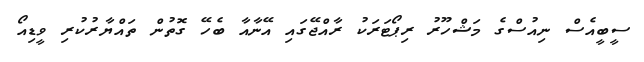
ސީބީއެސް ނިއުސްގެ މަޝްހޫރު ރިޕޯޓަރަކު ރާއްޖޭގައި އޭނާއާ ބެހޭ ގޮތުން ތައްޔާރުކުރި ވީޑިއޯ